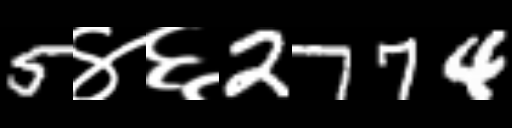
Text: 5४६2774